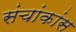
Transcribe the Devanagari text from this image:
संचांकांस